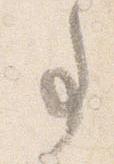
事